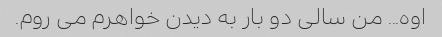
اوه... من سالی دو بار به دیدن خواهرم می روم.